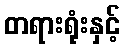
တရားရုံးနှင့်